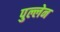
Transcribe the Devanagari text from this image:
पुल्लेन